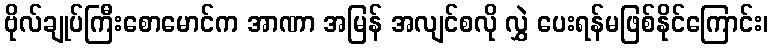
ဗိုလ်ချုပ်ကြီးစောမောင်က အာဏာ အမြန် အလျင်စလို လွှဲ ပေးရန်မဖြစ်နိုင်ကြောင်း၊